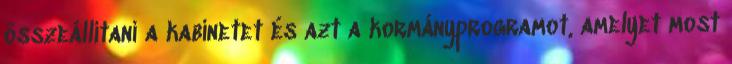
összeállítani a kabinetet és azt a kormányprogramot, amelyet most